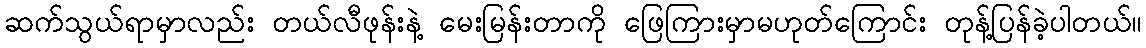
ဆက်သွယ်ရာမှာလည်း တယ်လီဖုန်းနဲ့ မေးမြန်းတာကို ဖြေကြားမှာမဟုတ်ကြောင်း တုန့်ပြန်ခဲ့ပါတယ်။